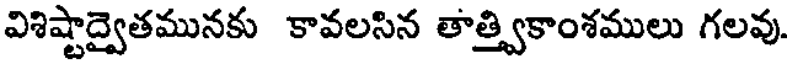
విశిష్టాద్వైతమునకు కావలసిన తాత్త్వికాంశములు గలవు.